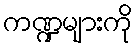
ကဏ္ဍများကို